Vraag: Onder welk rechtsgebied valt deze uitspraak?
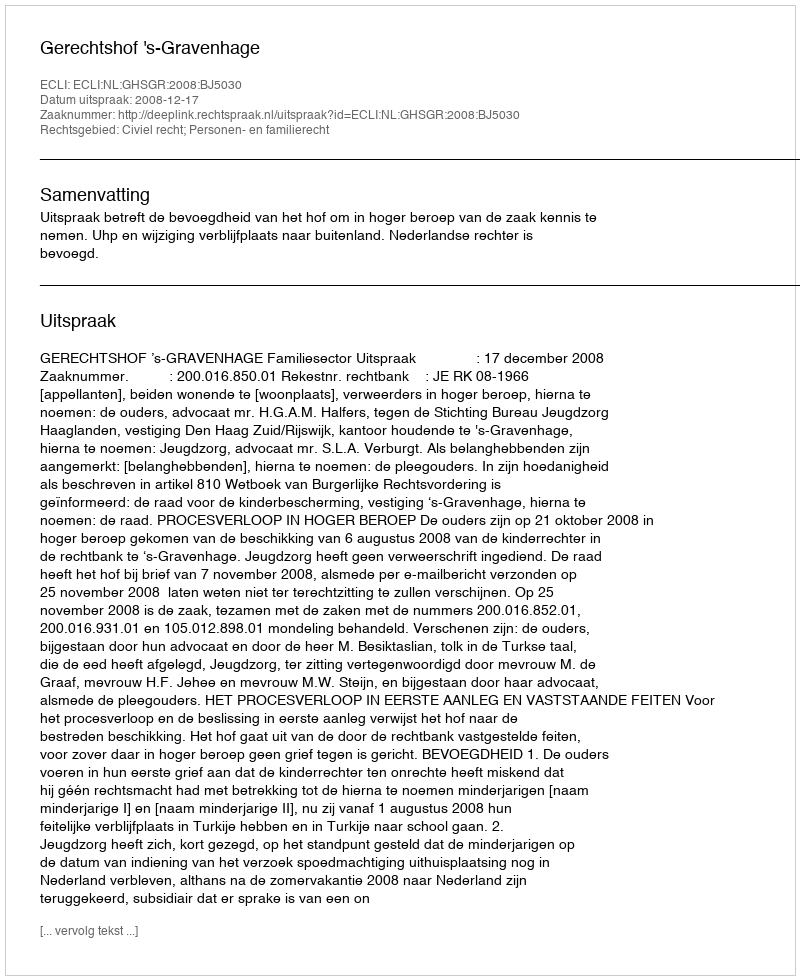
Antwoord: Civiel recht; Personen- en familierecht